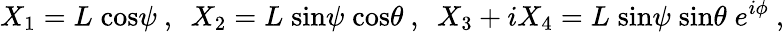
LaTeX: X_{1}=L\; \mathrm{cos}\psi\ ,\ \ X_{2}=L\; \mathrm{sin}\psi\; \mathrm{cos}\theta\ ,\ \ X_{3}+iX_{4}=L\; \mathrm{sin}\psi\; \mathrm{sin}\theta\; e^{i\phi}\ ,